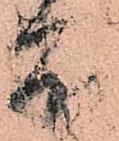
雪